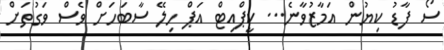
ސޯ ފާޑު ކިޔުން އަމާޒުވާނެ... ކީޕްއިޓް އަޕް ހިލޭ ސާބަހަށް ވެސް ވަގުތަށް